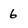
Character: 6